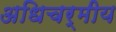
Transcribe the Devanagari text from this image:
अधिचर्मीय